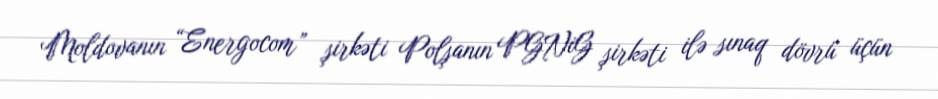
Moldovanın “Energocom” şirkəti Polşanın PGNiG şirkəti ilə sınaq dövrü üçün